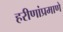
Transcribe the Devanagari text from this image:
हरीणांप्रमाणे